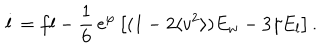
\dot { l } = f l - \frac { 1 } { 6 } \, \mathrm { e } ^ { \varphi } \left[ ( 1 - 2 \langle v ^ { 2 } \rangle ) E _ { w } - 3 \gamma E _ { l } \right] .